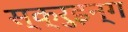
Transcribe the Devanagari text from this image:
स्क्रुइन्ग